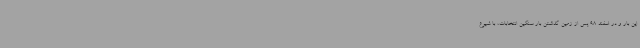
این بار و در اسفند 98 پس از زمین گذاشتن بار سنگین انتخابات، با شیوع